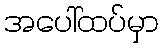
အပေါ်ထပ်မှာ